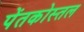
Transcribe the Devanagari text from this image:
पेंतकोस्तल